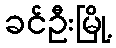
ခင်ဦးမြို့